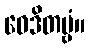
ဝေဒိတဗ္ဗံ။